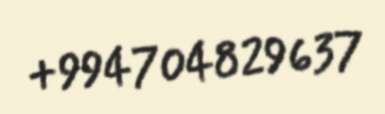
+994704829637